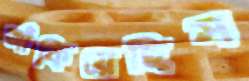
আঁকিয়েছিস